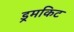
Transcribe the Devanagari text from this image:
ड्रमकिट